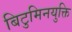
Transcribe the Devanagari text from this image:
बिटुमिनयुक्ति